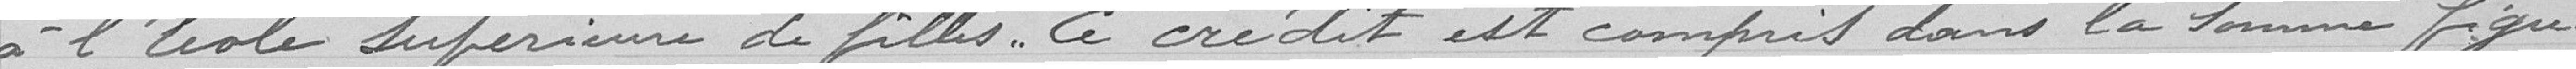
à l'école supérieure de filles. Ce crédit est compris dans la somme figu-